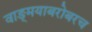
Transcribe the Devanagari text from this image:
वाङ्‌मयाबरोबरच